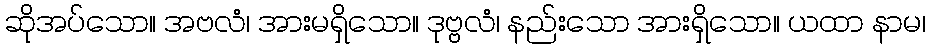
ဆိုအပ်သော။ အဗလံ၊ အားမရှိသော။ ဒုဗ္ဗလံ၊ နည်းသော အားရှိသော။ ယထာ နာမ၊